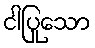
ငါပြုသော